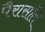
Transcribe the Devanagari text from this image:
पैरासॉल